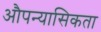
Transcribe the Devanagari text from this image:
औपन्यासिकता